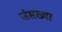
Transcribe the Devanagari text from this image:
जंसख्या